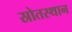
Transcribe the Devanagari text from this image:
स्रोतस्थान